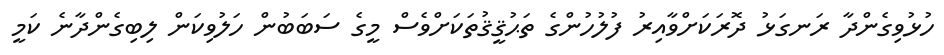
ހުޅުވިގެންދާ ރަނގަޅު ދޮރަކަށްވާއިރު ފުލުހުންގެ ތަޙުޤީޤުތަކަށްވެސް މީގެ ސަބަބުން ހަލުވިކަން ލިބިގެންދާނެ ކަމީ